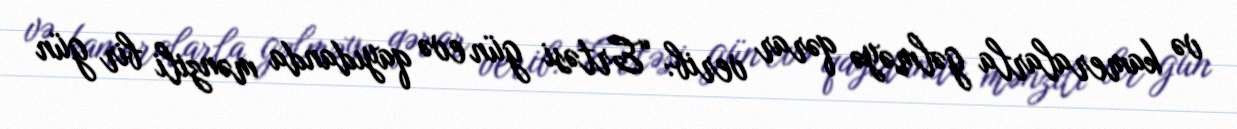
və kameralarla gəlməyə qərar verib: “Ertəsi gün evə qayıdanda mənzili bir gün